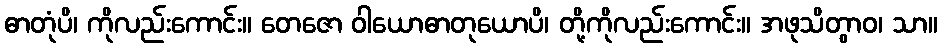
ဓာတုံပိ၊ ကိုလည်းကောင်း။ တေဇော ဝါယောဓာတုယောပိ၊ တို့ကိုလည်းကောင်း။ အဖုသိတွာဝ၊ သာ။